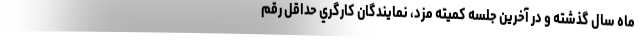
ماه سال گذشته و در آخرين جلسه كميته مزد، نمايندگان كارگري حداقل رقم